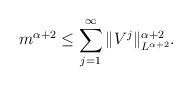
LaTeX: \begin{align*}m^{\alpha+2} \leq \sum_{j=1}^\infty \|V^j\|_{L^{\alpha+2}}^{\alpha+2}.\end{align*}